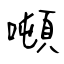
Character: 噸